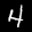
Label: 4